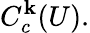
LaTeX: C_{c}^{\mathbf{k}}(U).